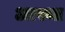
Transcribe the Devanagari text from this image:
अास्था